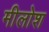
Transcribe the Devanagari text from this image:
मीलोश